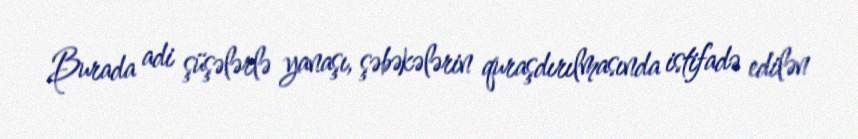
Burada adi şüşələrlə yanaşı, şəbəkələrin quraşdırılmasında istifadə edilən